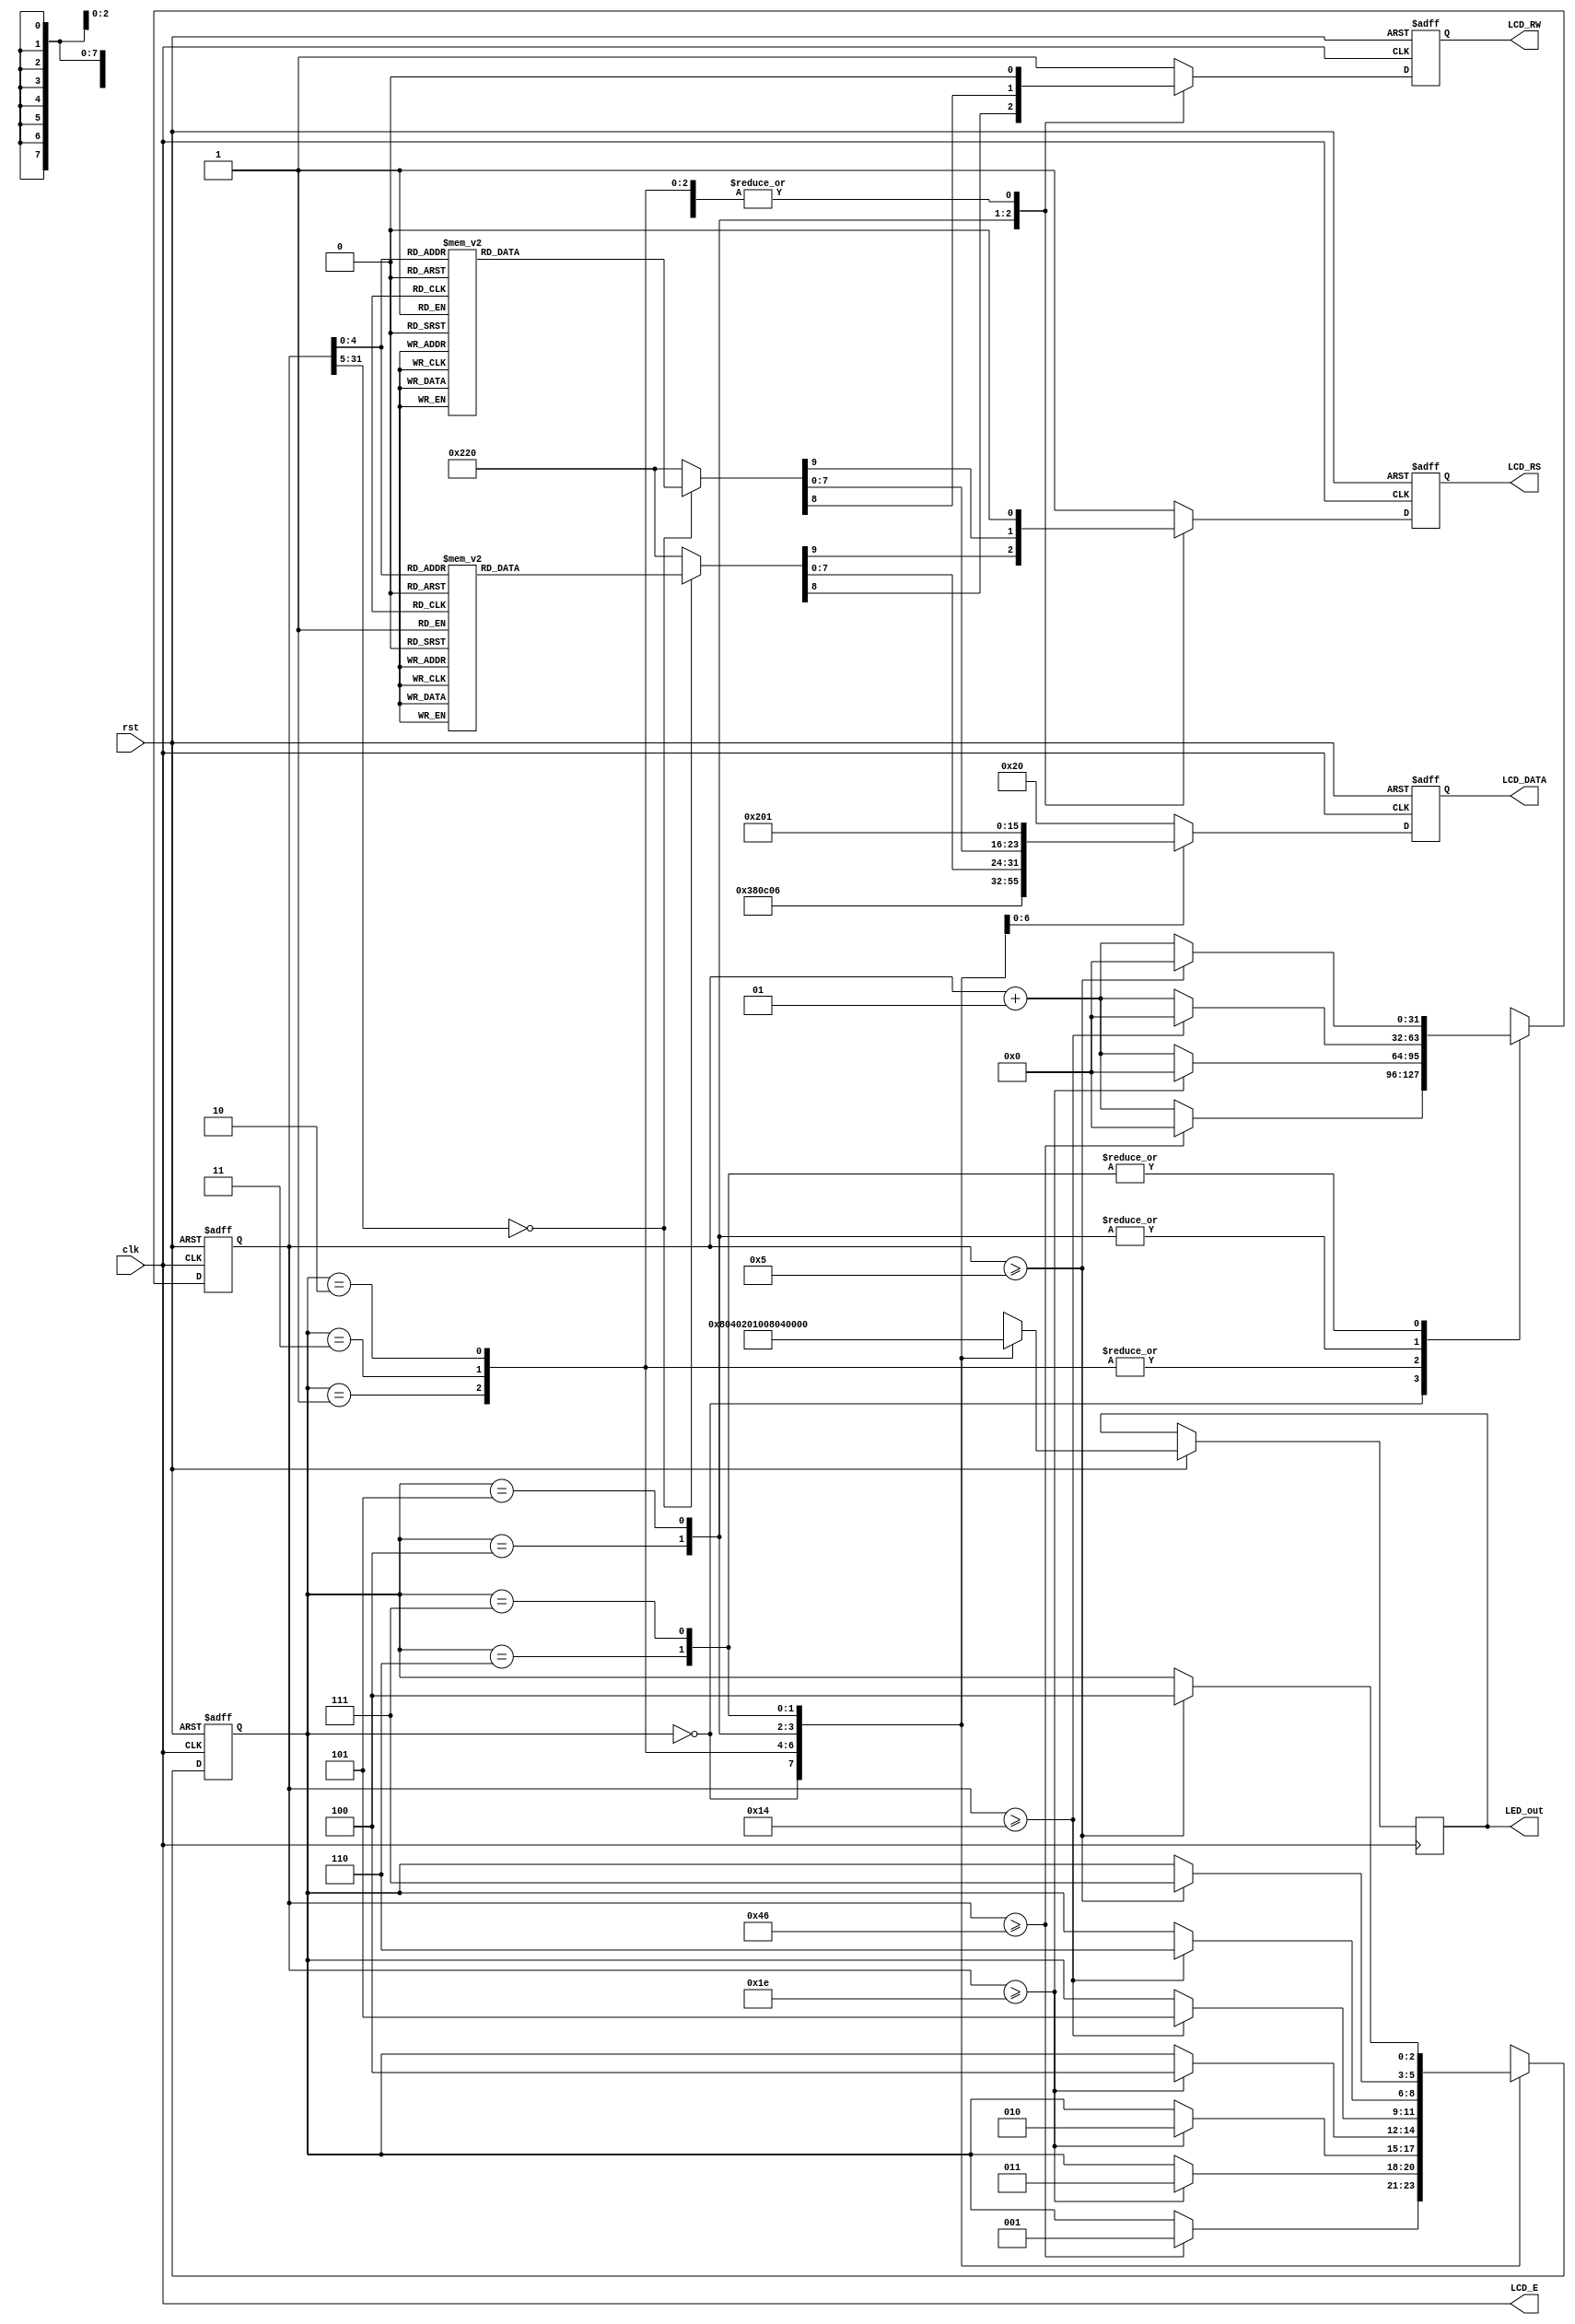
`timescale 1ns / 1ps
//////////////////////////////////////////////////////////////////////////////////
// Company: 
// Engineer: 
// 
// Design Name: 
// Module Name: text_LCD_basic
// Project Name: 
// Target Devices: 
// Tool Versions: 
// Description: 
// 
// Dependencies: 
// 
// Revision:
// Revision 0.01 - File Created
// Additional Comments:
// 
//////////////////////////////////////////////////////////////////////////////////


module text_LCD_basic(rst, clk, LCD_E, LCD_RS, LCD_RW, LCD_DATA, LED_out);

input rst, clk;

output LCD_E, LCD_RS, LCD_RW;
output reg [7:0] LCD_DATA;
output reg [7:0] LED_out;

wire LCD_E;
reg LCD_RS, LCD_RW;

reg [2:0] state; 
parameter DELAY = 3'b000,
          FUNCTION_SET = 3'b001,
          ENTRY_MODE = 3'b010,
          DISP_ONOFF = 3'b011,
          LINE1 = 3'b100,
          LINE2 = 3'b101,
          DELAY_T = 3'b110,
          CLEAR_DISP = 3'b111;

integer cnt;

always @(posedge clk or negedge rst)
begin
    if(!rst) begin
        state = DELAY;
        cnt = 0;
    end
    else
    begin
        case(state)
            DELAY : begin
                LED_out = 8'b1000_0000;
                if(cnt >= 70) begin
                    state = FUNCTION_SET;
                    cnt = 0;
                end
                else cnt = cnt + 1;
            end
            FUNCTION_SET : begin
                LED_out = 8'b0100_0000;
                if(cnt >= 30) begin
                    state = DISP_ONOFF;
                    cnt = 0;
                end
                else cnt = cnt + 1;
            end
            DISP_ONOFF : begin
                LED_out = 8'b0010_0000;
                if(cnt >= 30) begin
                    state = ENTRY_MODE;
                    cnt = 0;
                end
                else cnt = cnt + 1;
            end
            ENTRY_MODE : begin
                LED_out = 8'b0001_0000;
                if(cnt >= 30) begin
                    state = LINE1;
                    cnt = 0;
                end
                else cnt = cnt + 1;
            end
            LINE1 : begin
                LED_out = 8'b0000_1000;
                if(cnt >= 20) begin
                    state = LINE2;
                    cnt = 0;
                end
                else cnt = cnt + 1;
            end
            LINE2 : begin
                LED_out = 8'b0000_0100;
                if(cnt >= 20) begin
                    state = DELAY_T;
                    cnt = 0;
                end
                else cnt = cnt + 1;
            end
            DELAY_T : begin
                LED_out = 8'b0000_0010;
                if(cnt >= 5) begin
                    state = CLEAR_DISP;
                    cnt = 0;
                end
                else cnt = cnt + 1;
            end
            CLEAR_DISP : begin
                LED_out = 8'b0000_0001;
                if(cnt >= 5) begin
                    state = LINE1;
                    cnt = 0;
                end
                else cnt = cnt + 1;
            end
            default : state = DELAY;
        endcase
    end
end

always @(posedge clk or negedge rst)
begin
    if(!rst) 
        {LCD_RS, LCD_RW, LCD_DATA} = 10'b1_1_00000000;
    else begin
        case(state)
            FUNCTION_SET :
                {LCD_RS, LCD_RW, LCD_DATA} = 10'b0_0_0011_1000;
            DISP_ONOFF :
                {LCD_RS, LCD_RW, LCD_DATA} = 10'b0_0_0000_1100;
            ENTRY_MODE :
                {LCD_RS, LCD_RW, LCD_DATA} = 10'b0_0_0000_0110;
            LINE1 :
                begin
                    case(cnt)
                    00 : {LCD_RS, LCD_RW, LCD_DATA} = 10'b0_0_1000_0000;
                    01 : {LCD_RS, LCD_RW, LCD_DATA} = 10'b1_0_0010_0000; //
                    02 : {LCD_RS, LCD_RW, LCD_DATA} = 10'b1_0_0100_1000; // H
                    03 : {LCD_RS, LCD_RW, LCD_DATA} = 10'b1_0_0100_0101; // E
                    04 : {LCD_RS, LCD_RW, LCD_DATA} = 10'b1_0_0100_1100; // L
                    05 : {LCD_RS, LCD_RW, LCD_DATA} = 10'b1_0_0100_1100; // L
                    06 : {LCD_RS, LCD_RW, LCD_DATA} = 10'b1_0_0100_1111; // O
                    07 : {LCD_RS, LCD_RW, LCD_DATA} = 10'b1_0_0010_0000; //
                    08 : {LCD_RS, LCD_RW, LCD_DATA} = 10'b1_0_0101_0111; // W
                    09 : {LCD_RS, LCD_RW, LCD_DATA} = 10'b1_0_0100_1111; // O
                    10 : {LCD_RS, LCD_RW, LCD_DATA} = 10'b1_0_0101_0010; // R
                    11 : {LCD_RS, LCD_RW, LCD_DATA} = 10'b1_0_0100_1100; // L
                    12 : {LCD_RS, LCD_RW, LCD_DATA} = 10'b1_0_0100_0100; // D
                    13 : {LCD_RS, LCD_RW, LCD_DATA} = 10'b1_0_0010_0001; // !
                    14 : {LCD_RS, LCD_RW, LCD_DATA} = 10'b1_0_0010_0000; //
                    15 : {LCD_RS, LCD_RW, LCD_DATA} = 10'b1_0_0010_0000; //
                    16 : {LCD_RS, LCD_RW, LCD_DATA} = 10'b1_0_0010_0000; //
                    default : {LCD_RS, LCD_RW, LCD_DATA} = 10'b1_0_0010_0000; //
                endcase
           end
           LINE2 :
                begin
                    case(cnt)
                    00 : {LCD_RS, LCD_RW, LCD_DATA} = 10'b0_0_1100_0000;
                    01 : {LCD_RS, LCD_RW, LCD_DATA} = 10'b1_0_0011_0010; // 2
                    02 : {LCD_RS, LCD_RW, LCD_DATA} = 10'b1_0_0011_0000; // 0
                    03 : {LCD_RS, LCD_RW, LCD_DATA} = 10'b1_0_0011_0001; // 1
                    04 : {LCD_RS, LCD_RW, LCD_DATA} = 10'b1_0_0011_0111; // 7
                    05 : {LCD_RS, LCD_RW, LCD_DATA} = 10'b1_0_0011_0100; // 4
                    06 : {LCD_RS, LCD_RW, LCD_DATA} = 10'b1_0_0011_0100; // 4
                    07 : {LCD_RS, LCD_RW, LCD_DATA} = 10'b1_0_0011_0000; // 0
                    08 : {LCD_RS, LCD_RW, LCD_DATA} = 10'b1_0_0011_0000; // 0
                    09 : {LCD_RS, LCD_RW, LCD_DATA} = 10'b1_0_0011_0101; // 5
                    10 : {LCD_RS, LCD_RW, LCD_DATA} = 10'b1_0_0011_0000; // 0
                    11 : {LCD_RS, LCD_RW, LCD_DATA} = 10'b1_0_0010_0000; // 
                    12 : {LCD_RS, LCD_RW, LCD_DATA} = 10'b1_0_0101_0000; // P
                    13 : {LCD_RS, LCD_RW, LCD_DATA} = 10'b1_0_0100_1010; // J
                    14 : {LCD_RS, LCD_RW, LCD_DATA} = 10'b1_0_0100_0010; // B
                    15 : {LCD_RS, LCD_RW, LCD_DATA} = 10'b1_0_0010_0000; //
                    16 : {LCD_RS, LCD_RW, LCD_DATA} = 10'b1_0_0010_0000; //
                    default : {LCD_RS, LCD_RW, LCD_DATA} = 10'b1_0_0010_0000; //
                endcase
            end
            DELAY_T : 
                {LCD_RS, LCD_RW, LCD_DATA} = 10'b0_0_0000_0010;
            CLEAR_DISP :
                {LCD_RS, LCD_RW, LCD_DATA} = 10'b0_0_0000_0001;
            default :
                {LCD_RS, LCD_RW, LCD_DATA} = 10'b1_1_0010_0000;
         endcase
     end
end

assign LCD_E = clk;
   
endmodule